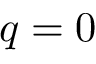
{ { q } } = 0